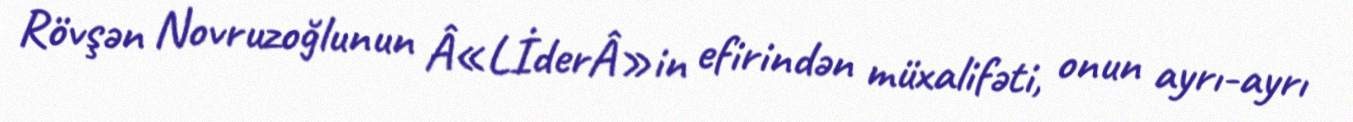
Rövşən Novruzoğlunun Â«LİderÂ»in efirindən müxalifəti, onun ayrı-ayrı